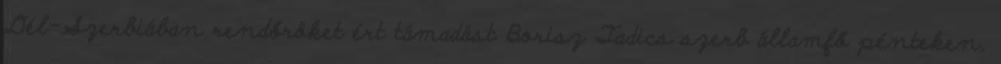
Dél-Szerbiában rendőröket ért támadást Borisz Tadics szerb államfő pénteken,